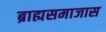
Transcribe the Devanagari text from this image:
ब्राह्मसमाजास